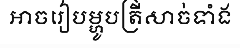
អាចរៀបម្ហូបត្រីសាច់ទាំង